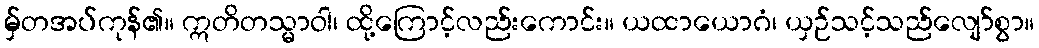
မှ်တအပ်ကုန်၏။ ဣတိတသ္မာဝါ၊ ထို့ကြောင့်လည်းကောင်း။ ယထာယောဂံ၊ ယှဉ်သင့်သည်လျော်စွာ။